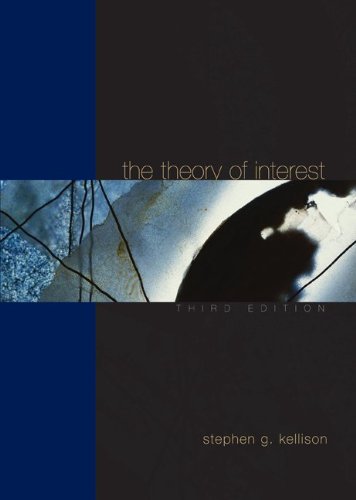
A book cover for Theory of Interest; Stephen Kellison; Business & Money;